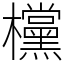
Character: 欓